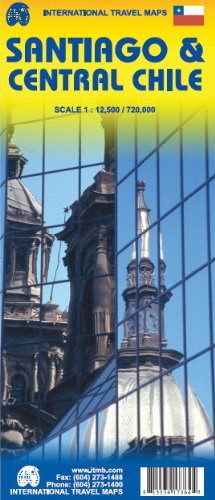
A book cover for Santiago de Chile 1:12,500 Street Map & Central Chile 1:720,000 Travel Map (International Travel Maps); ITMB Canada; Travel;